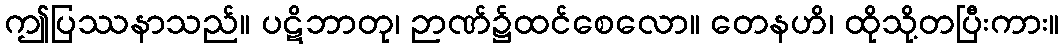
ဤပြဿနာသည်။ ပဋိဘာတု၊ ဉာဏ်၌ထင်စေလော။ တေနဟိ၊ ထိုသို့တပြီးကား။